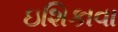
ઇશિકાવા